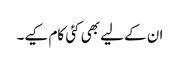
ان کے لیے بھی کئی کام کیے۔